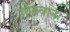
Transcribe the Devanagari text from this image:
गोंदवाना